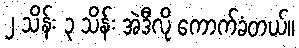
၂ သိန်း ၃ သိန်း အဲဒီလို ကောက်ခံတယ်။